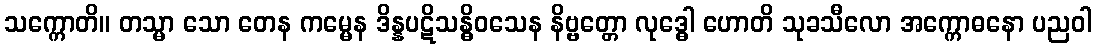
သက္ကောတိ။ တသ္မာ သော တေန ကမ္မေန ဒိန္နပဋိသန္ဓိဝသေန နိဗ္ဗတ္တော လုဒ္ဓေါ ဟောတိ သုခသီလော အက္ကောဓနော ပညဝါ